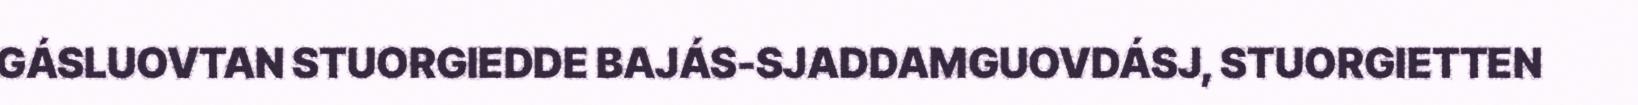
GÁSLUOVTAN STUORGIEDDE BAJÁS-SJADDAMGUOVDÁSJ, STUORGIETTEN